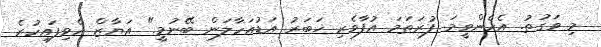
މި ވަގުތު. އެހެންވީމަ ފުރަތަމަ އުފާވެރި ޚަބަރު އަޑުއަހާލަން ބޭނުމީ." އަޔާޒް ހެވިފައިހުރެ